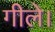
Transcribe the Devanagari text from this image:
गीले।